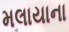
મલાયાના